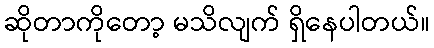
ဆိုတာကိုတော့ မသိလျက် ရှိနေပါတယ်။